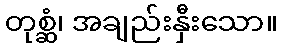
တုစ္ဆံ၊ အချည်းနှီးသော။